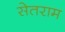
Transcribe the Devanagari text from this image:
सेतराम